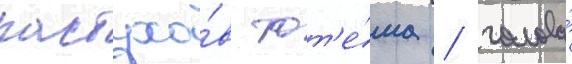
пастухо́в тот'е́ма / голова́